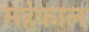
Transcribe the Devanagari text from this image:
महंकाल